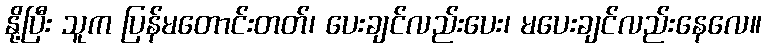
နို့ပြီး သူက ပြန်မတောင်းတတ်၊ ပေးချင်လည်းပေး၊ မပေးချင်လည်းနေလေ။